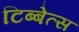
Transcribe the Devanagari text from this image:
टिब्बेत्स